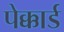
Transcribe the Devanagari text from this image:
पेक्कार्ड